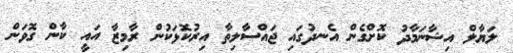
ލަޔާލް އިޝާނަމާދު ކޮށްގެން އެނދުގައި ޖައްސާލިތާ އިރުކޮޅަކުން ރާމިޒާ އައީ ކާން ގޮވަން